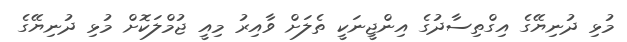
މުޅި ދުނިޔޭގެ އިގްތިސާދުގެ އިންޖީނަކީ ތެލަށް ވާއިރު މިއީ ޖުމްލަކޮށް މުޅި ދުނިޔޭގެ